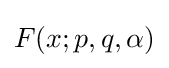
F(x;p,q,\alpha )